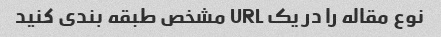
نوع مقاله را در یک URL مشخص طبقه بندی کنید